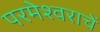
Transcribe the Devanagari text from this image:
परमेश्वराचें